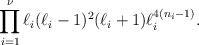
LaTeX: \begin{align*}\prod_{i=1}^{\nu} \ell_i(\ell_i-1)^2(\ell_i+1)\ell_i^{4(n_i-1)}.\end{align*}